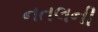
નતલની